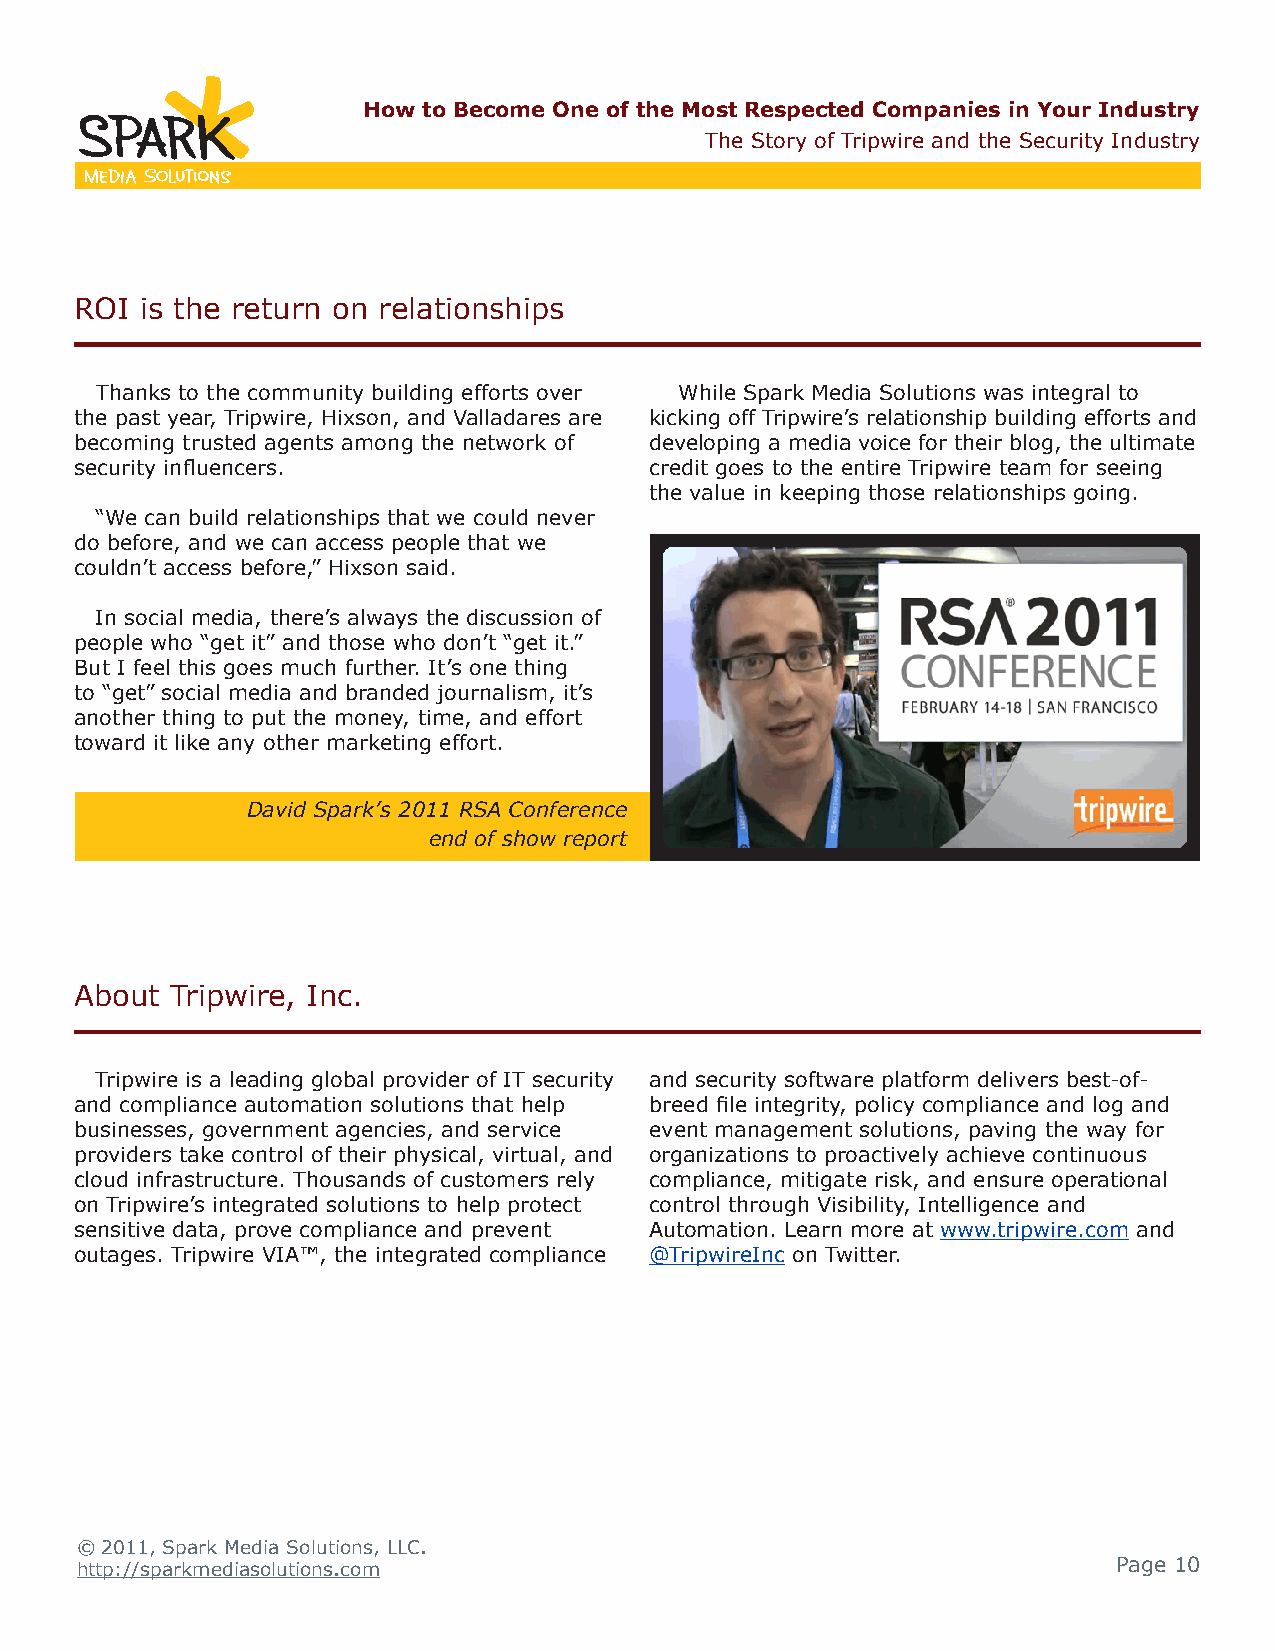
How to Become One of the Most Respected Companies in Your Industry
 The Story of Tripwire and the Security Industry
 ROI is the return on relationships
 Thanks to the community building efforts over While Spark Media Solutions was integral to
 the past year, Tripwire, Hixson, and Valladares are kicking off Tripwire’s relationship building efforts and
 becoming trusted agents among the network of developing a media voice for their blog, the ultimate
 security influencers.                 credit goes to the entire Tripwire team for seeing
 the value in keeping those relationships going.
 “We can build relationships that we could never
 do before, and we can access people that we
 couldn’t access before,” Hixson said.
 In social media, there’s always the discussion of
 people who “get it” and those who don’t “get it.”
 But I feel this goes much further. It’s one thing
 to “get” social media and branded journalism, it’s
 another thing to put the money, time, and effort
 toward it like any other marketing effort.
 David Spark’s 2011 RSA Conference
 end of show report
 About Tripwire, Inc.
 Tripwire is a leading global provider of IT security and security software platform delivers best-of-
 and compliance automation solutions that help breed file integrity, policy compliance and log and
 businesses, government agencies, and service event management solutions, paving the way for
 providers take control of their physical, virtual, and organizations to proactively achieve continuous
 cloud infrastructure. Thousands of customers rely compliance, mitigate risk, and ensure operational
 on Tripwire’s integrated solutions to help protect control through Visibility, Intelligence and
 sensitive data, prove compliance and prevent Automation. Learn more at www.tripwire.com and
 outages. Tripwire VIA™, the integrated compliance @TripwireInc on Twitter.
 © 2011, Spark Media Solutions, LLC.
 http://sparkmediasolutions.com                                       Page 10